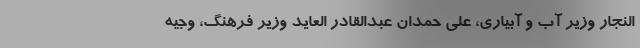
النجار وزیر آب و آبیاری، علی حمدان عبدالقادر العاید وزیر فرهنگ، وجیه